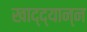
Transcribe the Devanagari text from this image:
खाद्द्यान्न